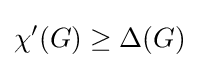
\chi '(G)\geq \Delta (G)